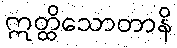
ဣတ္ထိသောတာနိ